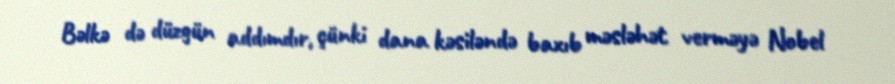
Bəlkə də düzgün addımdır, çünki dana kəsiləndə baxıb məsləhət verməyə Nobel